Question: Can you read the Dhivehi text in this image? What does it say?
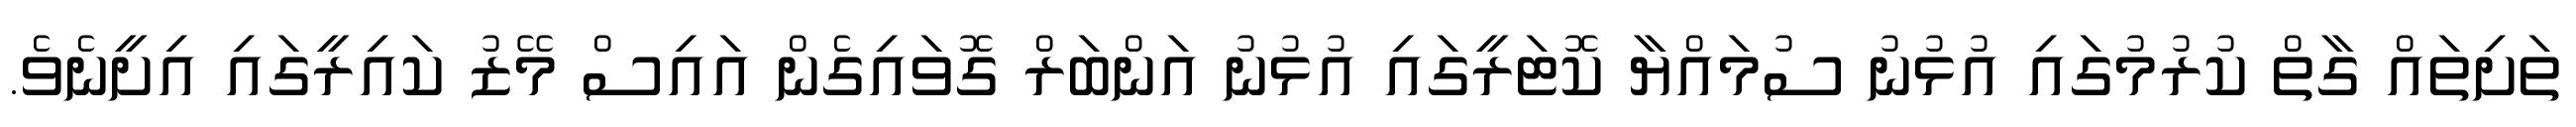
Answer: ތަށިތައް ގާތް ކުރުމުގައި އުޅުނު ސުމައްޔާ ކޮޓަރީގައި އުޅުނު އަންބަރް ގޮވައިގެން އައިސް މޭޒު ކައިރީގައި އިށީނެވެ.